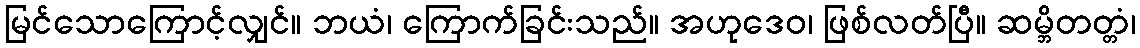
မြင်သောကြောင့်လျှင်။ ဘယံ၊ ကြောက်ခြင်းသည်။ အဟုဒေဝ၊ ဖြစ်လတ်ပြီ။ ဆမ္ဘိတတ္တံ၊